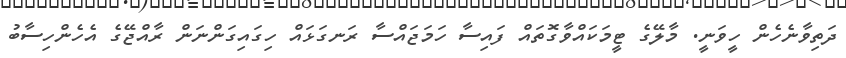
ދަތިވާނެހެން ހީވަނީ. މާލޭގެ ޓީމަކައްވާގޮތައް ފައިސާ ހަމަޖައްސާ ރަނގަޅައް ހިގައިގަންނަން ރާއްޖޭގެ އެހެންހިސާބު